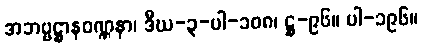
အဘဗ္ဗဋ္ဌာနဝဏ္ဏနာ၊ ဒီဃ-၃-ပါ-၁၀၈၊ ဋ္ဌ-၉၆။ ပါ-၁၉၆။